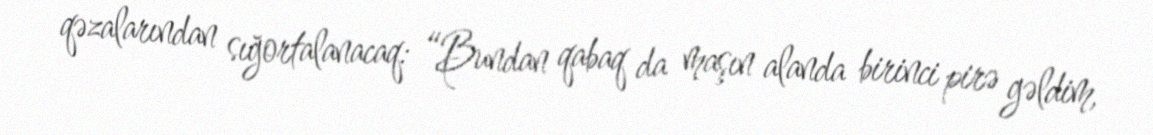
qəzalarından sığortalanacaq: “Bundan qabaq da maşın alanda birinci pirə gəldim,